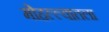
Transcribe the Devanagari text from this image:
मोहल्ल्यातला